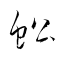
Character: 蚣